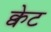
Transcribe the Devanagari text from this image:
क्वेट